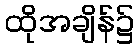
ထိုအချိန်၌